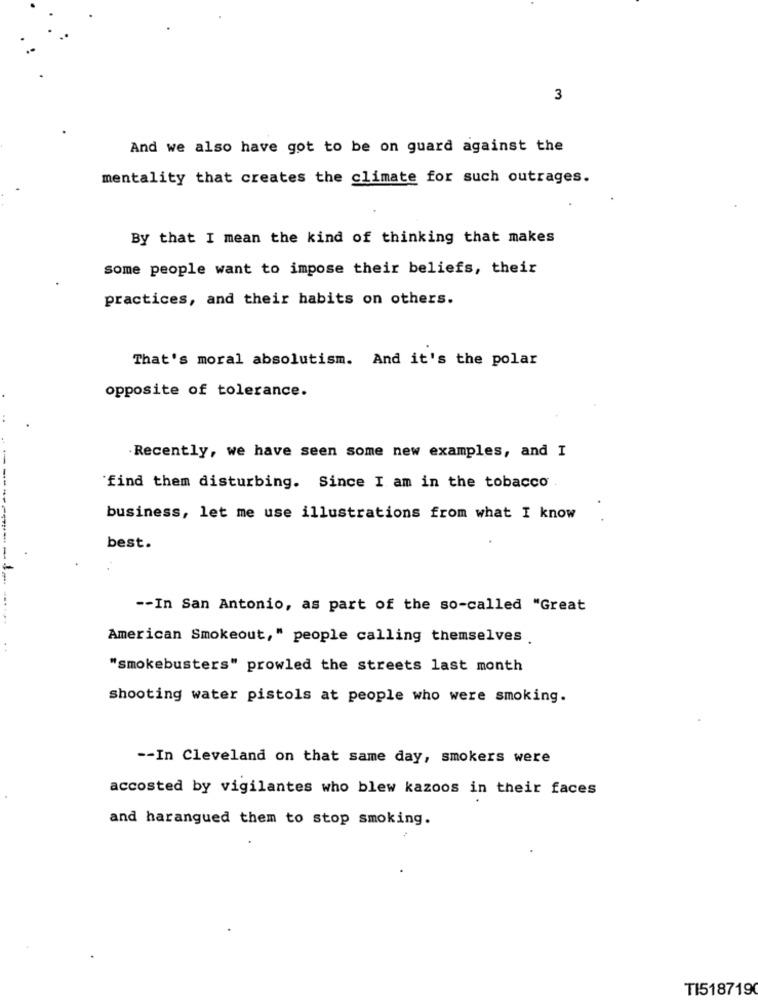
3
And we also have got to be on guard against the
mentality that creates the climate for such outrages.
By that I mean the kind of thinking that makes
some people want to impose their beliefs, their
practices, and their habits on others.
That's moral absolutism. And it's the polar
opposite of tolerance.
.Recently, we have seen some new examples, and I
'find them disturbing. Since I am in the tobacco
business, let me use illustrations from what I know
best.
-- In San Antonio, as part of the so-called "Great
American Smokeout," people calling themselves
. .
"smokebusters" prowled the streets last month
shooting water pistols at people who were smoking.
-- In Cleveland on that same day, smokers were
accosted by vigilantes who blew kazoos in their faces
and harangued them to stop smoking.
TI518719